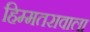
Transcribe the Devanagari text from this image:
हिम्मतरावाला